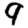
Digit: 9